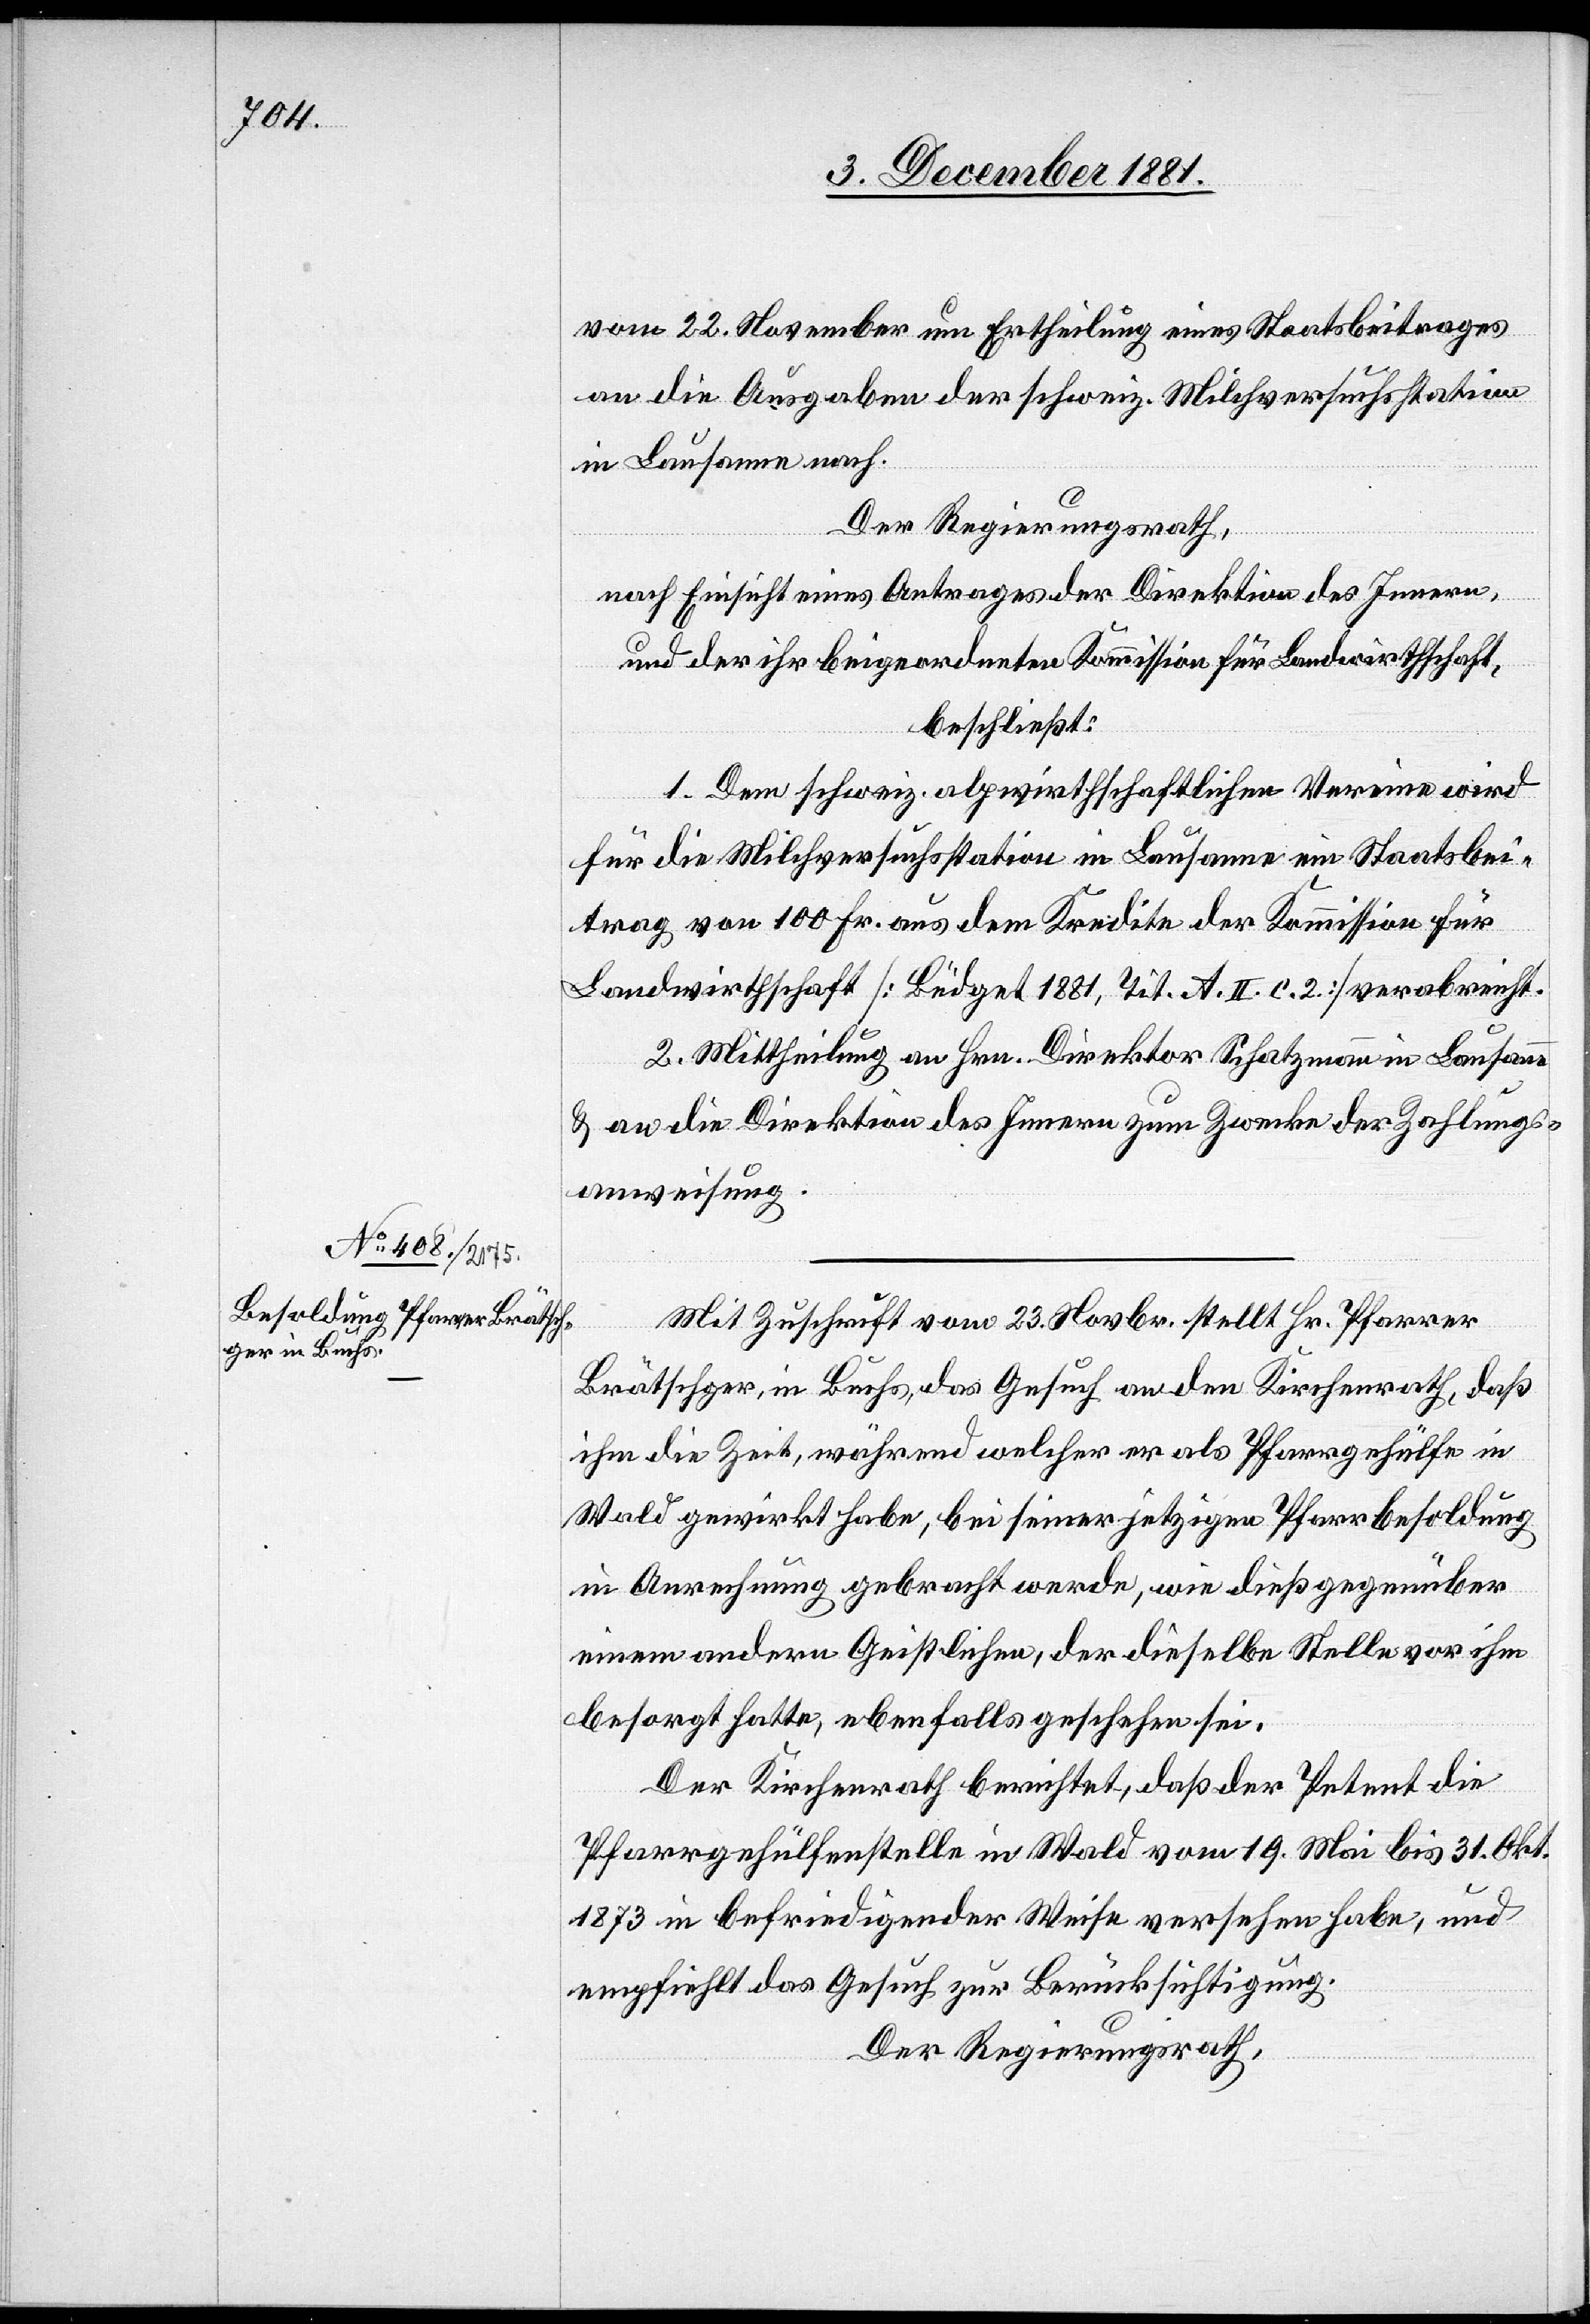
vom 22. November um Ertheilung eines Staatsbeitrages
an die Ausgaben der schweiz. Milchversuchsstation
in Lausanne nach.
Der Regierungsrath,
nach Einsicht eines Antrages der Direktion des Innern,
und der ihr beigeordneten Kommission für Landwirthschaft,
beschließt:
1. Dem schweiz. alpwirthschaftlichen Vereine wird
für die Milchversuchsstation in Lausanne ein Staatsbei¬
trag von 100 Fr. aus dem Kredite der Kommission für
Landwirthschaft [Büdget 1881, Tit. A. II. c. 2.] verabreicht.
2. Mittheilung an Hrn. Direktor Schatzmann in Lausanne
& an die Direktion des Innern zum Zwecke der Zahlungs¬
anweisung.
Mit Zuschrift vom 23. Novbr. stellt Hr. Pfarrer
Brätschger, in Buchs, das Gesuch an den Kirchenrath, daß
ihm die Zeit, während welcher er als Pfarrgehülfe in
Wald gewirkt habe, bei seiner jetzigen Pfarrbesoldung
in Anrechnung gebracht werde, wie dieß gegenüber
einem andern Geistlichen, der dieselbe Stelle vor ihm
besorgt hatte, ebenfalls geschehen sei.
Der Kirchenrath berichtet, daß der Petent die
Pfarrgehülfenstelle in Wald vom 19. Mai bis 31. Okt.
1873 in befriedigender Weise versehen habe, und
empfiehlt das Gesuch zur Berücksichtigung.
Der Regierungsrath,